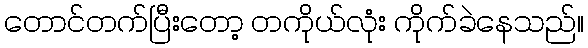
တောင်တက်ပြီးတော့ တကိုယ်လုံး ကိုက်ခဲနေသည်။